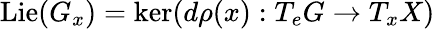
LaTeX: \operatorname{Lie}(G_{x})=\ker(d\rho(x):T_{e}G\to T_{x}X)